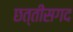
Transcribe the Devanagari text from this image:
छत्तीसगद